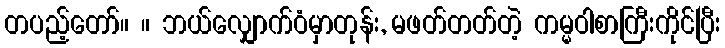
တပည့်တော်။ ။ ဘယ်လျှောက်ဝံမှာတုန်း, မဖတ်တတ်တဲ့ ကမ္မဝါစာကြီးကိုင်ပြီး